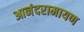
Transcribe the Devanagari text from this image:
आनंदरामायण